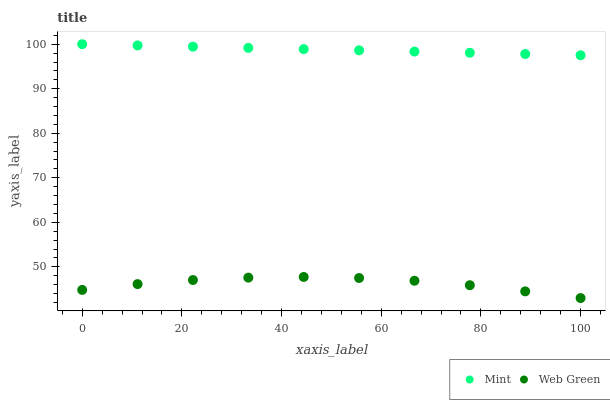
| xaxis_label | Mint | Web Green |
 | --- | --- | --- |
 | 0 | 100 | 44.8 |
 | 11.1 | 99.7 | 46.1 |
 | 22.2 | 99.4 | 47.1 |
 | 33.3 | 99.2 | 47.6 |
 | 44.4 | 98.9 | 47.7 |
 | 55.6 | 98.6 | 47.5 |
 | 66.7 | 98.3 | 46.9 |
 | 77.8 | 98.1 | 45.9 |
 | 88.9 | 97.8 | 44.5 |
 | 100 | 97.5 | 43 |